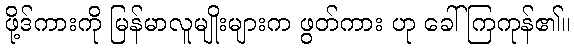
ဖို့ဒ်ကားကို မြန်မာလူမျိုးများက ဖွတ်ကား ဟု ခေါ်ကြကုန်၏။